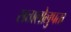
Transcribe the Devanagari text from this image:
सत्तालोलुपता